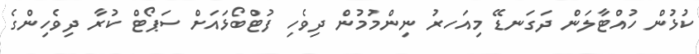
ކުޅުން ހުއްޓާލަން ދަގަނޑޭ މިއަހރު ނިންމުމުން ދިވެހި ފުޓްބޯޅައަށް ސަޕޯޓް ކުރާ ދިވެހިންގެ